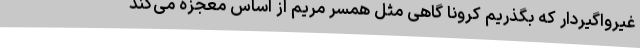
غیرواگیردار که بگذریم کرونا گاهی مثل همسر مریم از اساس معجزه می‌کند